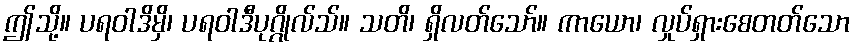
ဤသို့။ ပရဝါဒိမှိ၊ ပရဝါဒီပုဂ္ဂိုလ်သ်။ သတိ၊ ရှိလတ်သော်။ ကာယော၊ လှုပ်ရှားစေတတ်သော